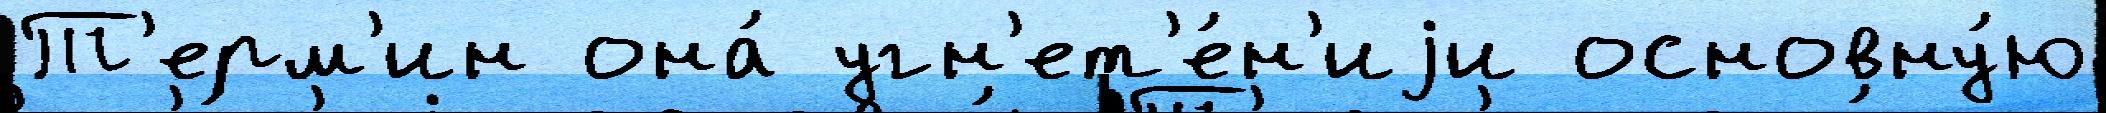
Т'ерм'ин она́ угн'ет'е́н'иjи основну́ю